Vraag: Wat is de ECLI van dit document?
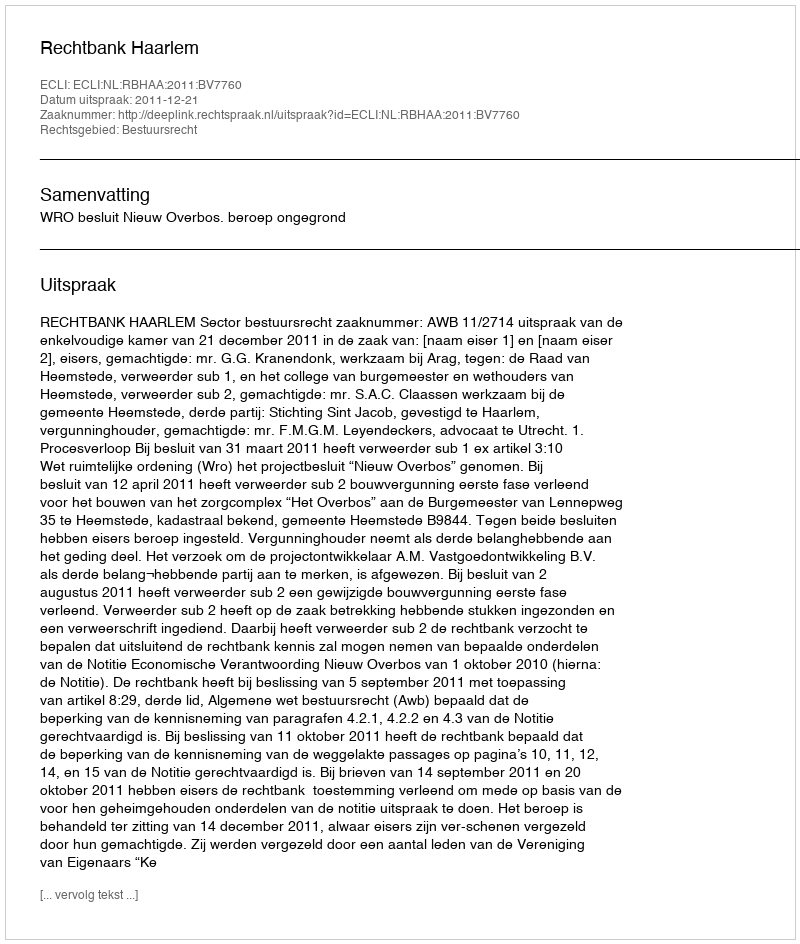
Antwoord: ECLI:NL:RBHAA:2011:BV7760